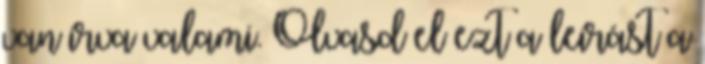
van írva valami. Olvasd el ezt a leírást a